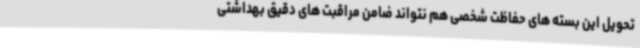
تحویل این بسته های حفاظت شخصی هم نتواند ضامن مراقبت های دقیق بهداشتی